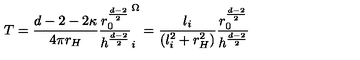
T = \frac { d - 2 - 2 \kappa } { 4 \pi r _ { H } } \frac { r _ { 0 } ^ { \frac { d - 2 } { 2 } } } { h ^ { \frac { d - 2 } { 2 } } } \sp \Omega _ { i } = \frac { l _ { i } } { ( l _ { i } ^ { 2 } + r _ { H } ^ { 2 } ) } \frac { r _ { 0 } ^ { \frac { d - 2 } { 2 } } } { h ^ { \frac { d - 2 } { 2 } } }